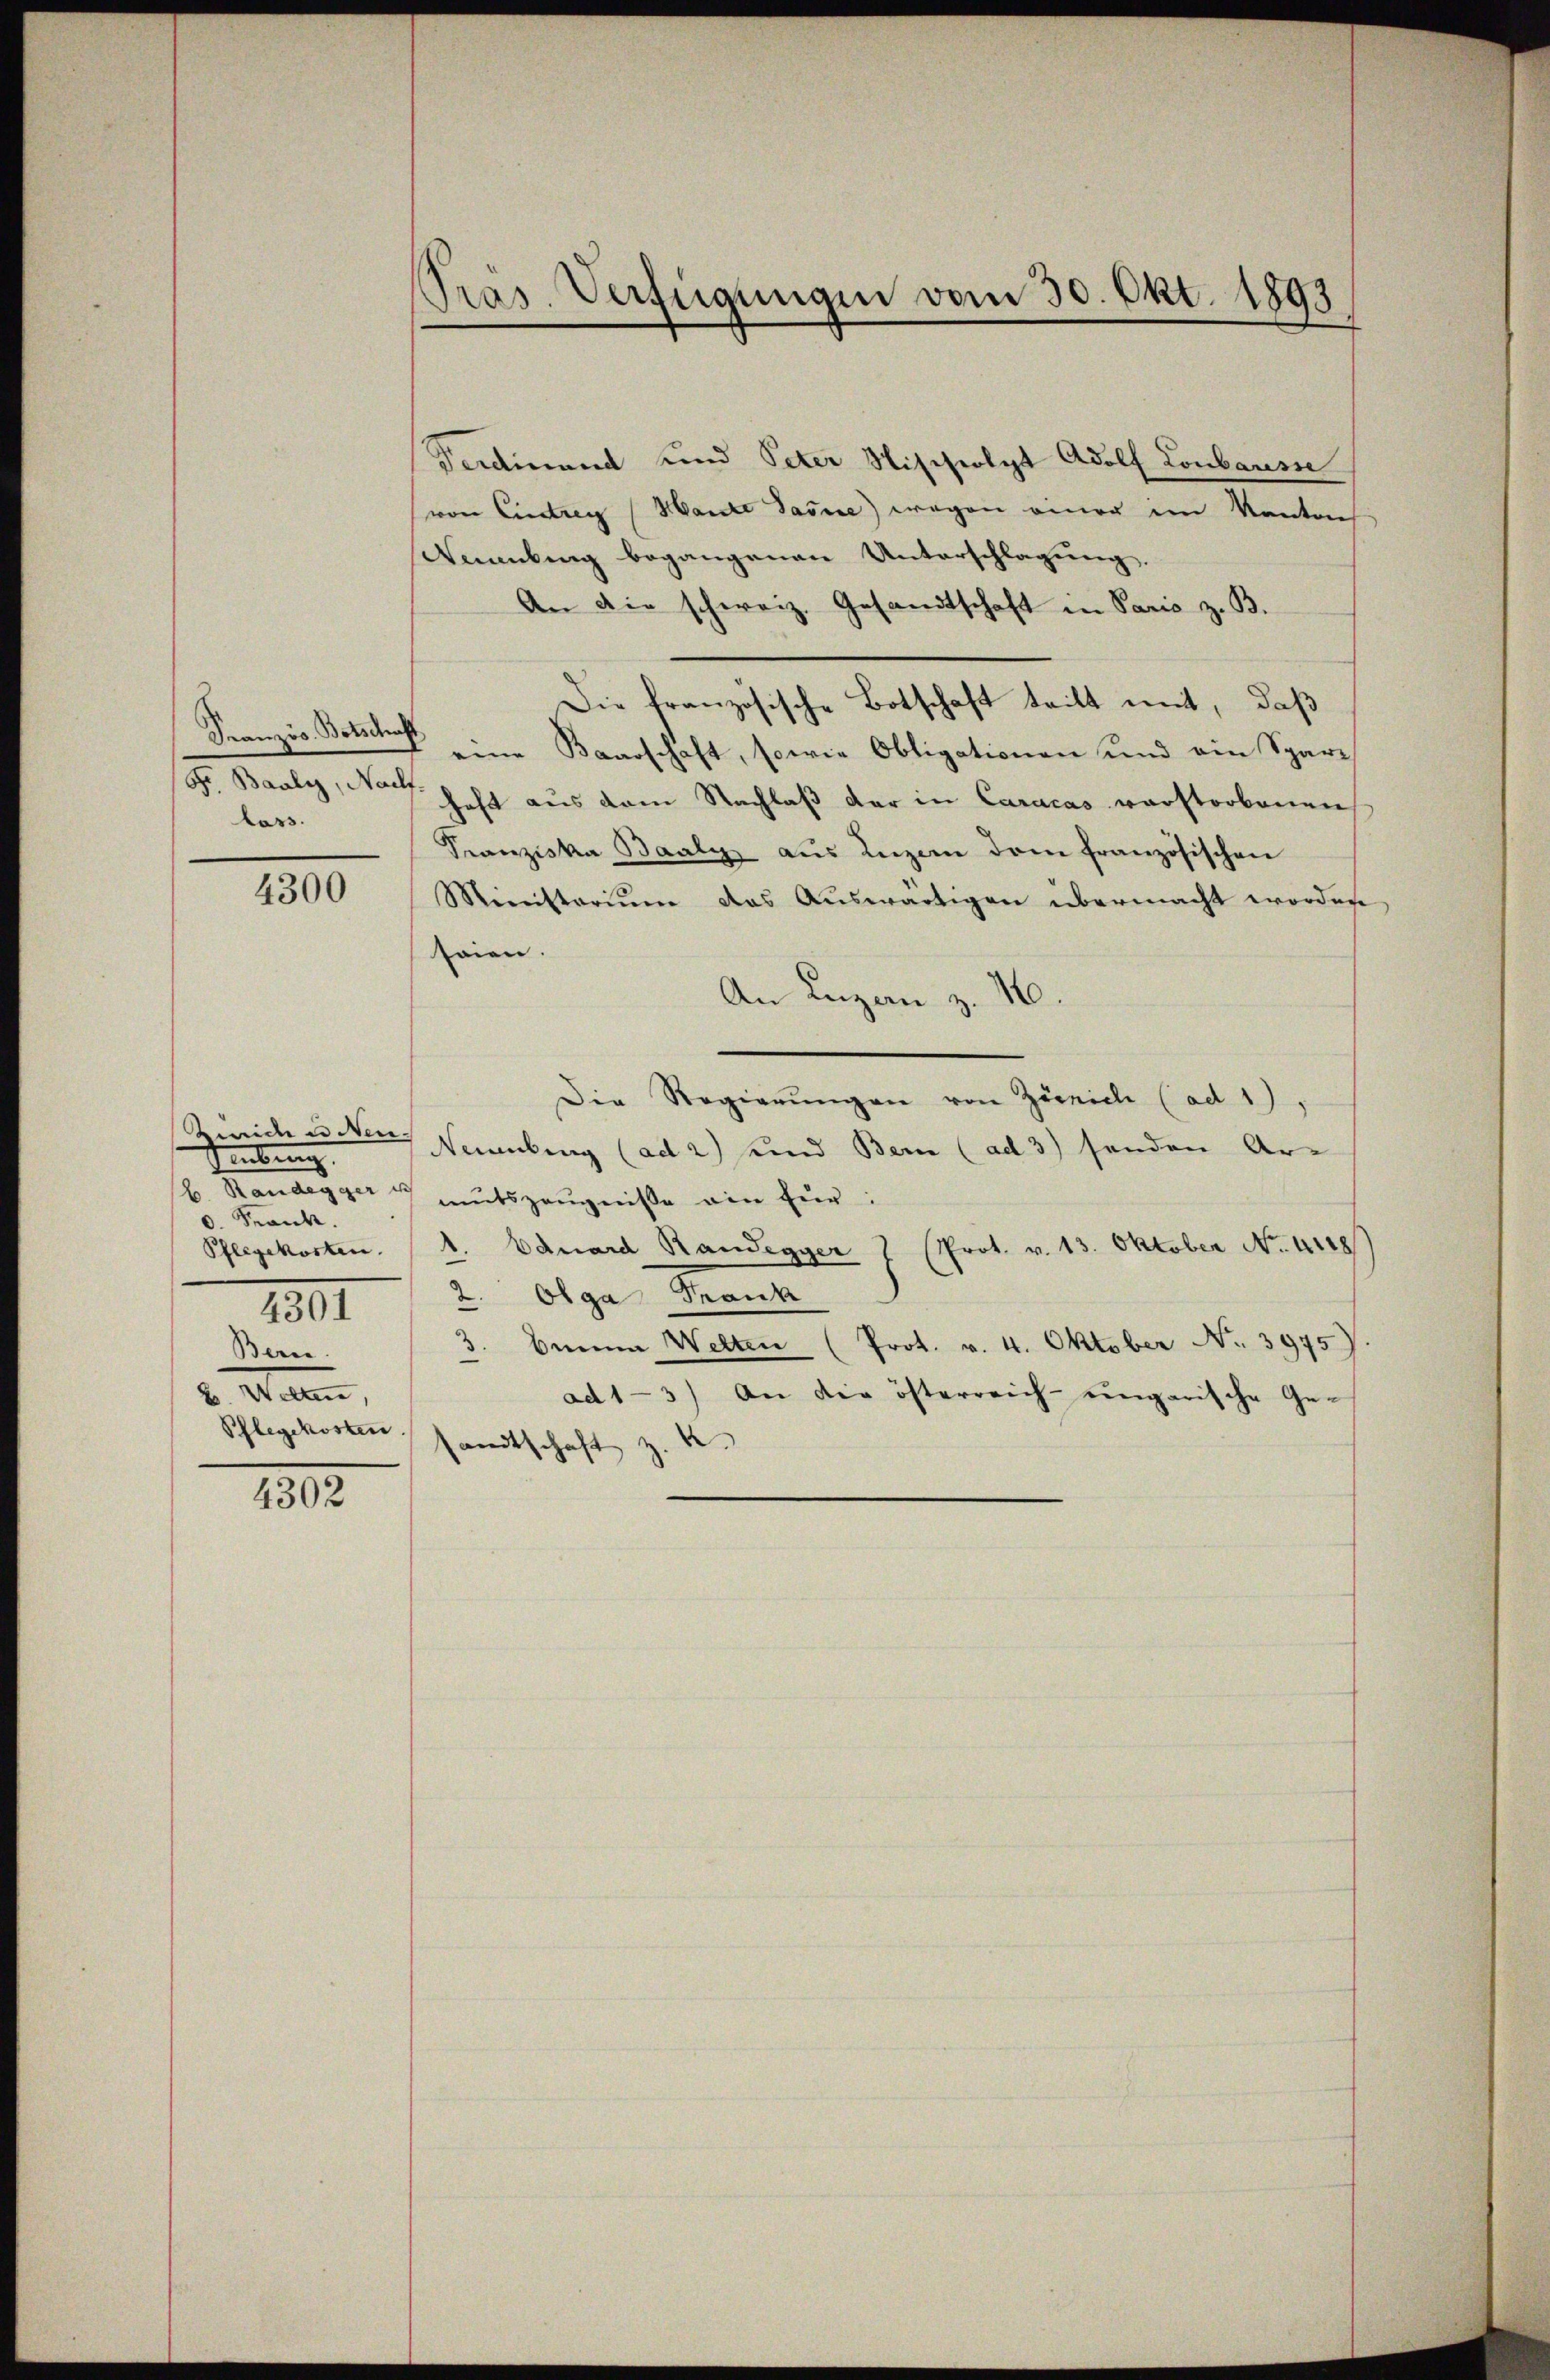
Loss.

4300

Zinica u Nen.
Sebung
b. Standes zu ih
0. Krank.
Pflegekosten.
III
Bern.
B. Welten,
Pflegekosten

1802.

Präs. Verfügungen vom 30. Okt. 1893

Ferdinand und Peter Nischeolyt Adolf Lonbausse
von Eintrag (Mante dasse) wegen einer im Kantons
Neuenburg begangenen Unterschlagung
An die schweiz. Gesandtschaft in Paris z. B.
Die französische Botschaft tritt mit, daß
Franzis Boten eine Baarschaft, sowie Obligationen und ein Spargr. Baaly, No haft aus dem Nachlaβ der in Caracas warstorbenen
Franziska Baaly, aus Luzern dem französischen
Ministerium das Auswärtigen übermacht worden,
Laien
An Lugan z. 10.
Die Regierŭngen von Zürich (ad 1),
Naumbung (ad 2) und Bern (ad 3) senden Ar-
mutszeŭgniße ein für:
1. Eduard Randegger 1 (Prot. v. 13. Oktober No. 4148)
2. Olga Frank
Banna Welten (Prot. v. 4. Oktober No. 3975)
3
ad 1-3) An die österreich-ungarische Ge-
.
sandtschaft z.